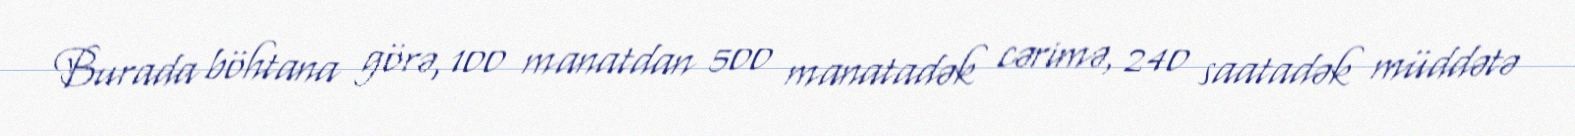
Burada böhtana görə, 100 manatdan 500 manatadək cərimə, 240 saatadək müddətə